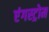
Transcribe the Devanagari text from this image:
एंगस्ट्रोम